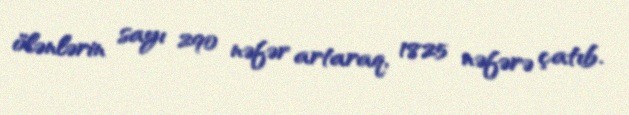
ölənlərin sayı 290 nəfər artaraq, 1825 nəfərə çatıb.